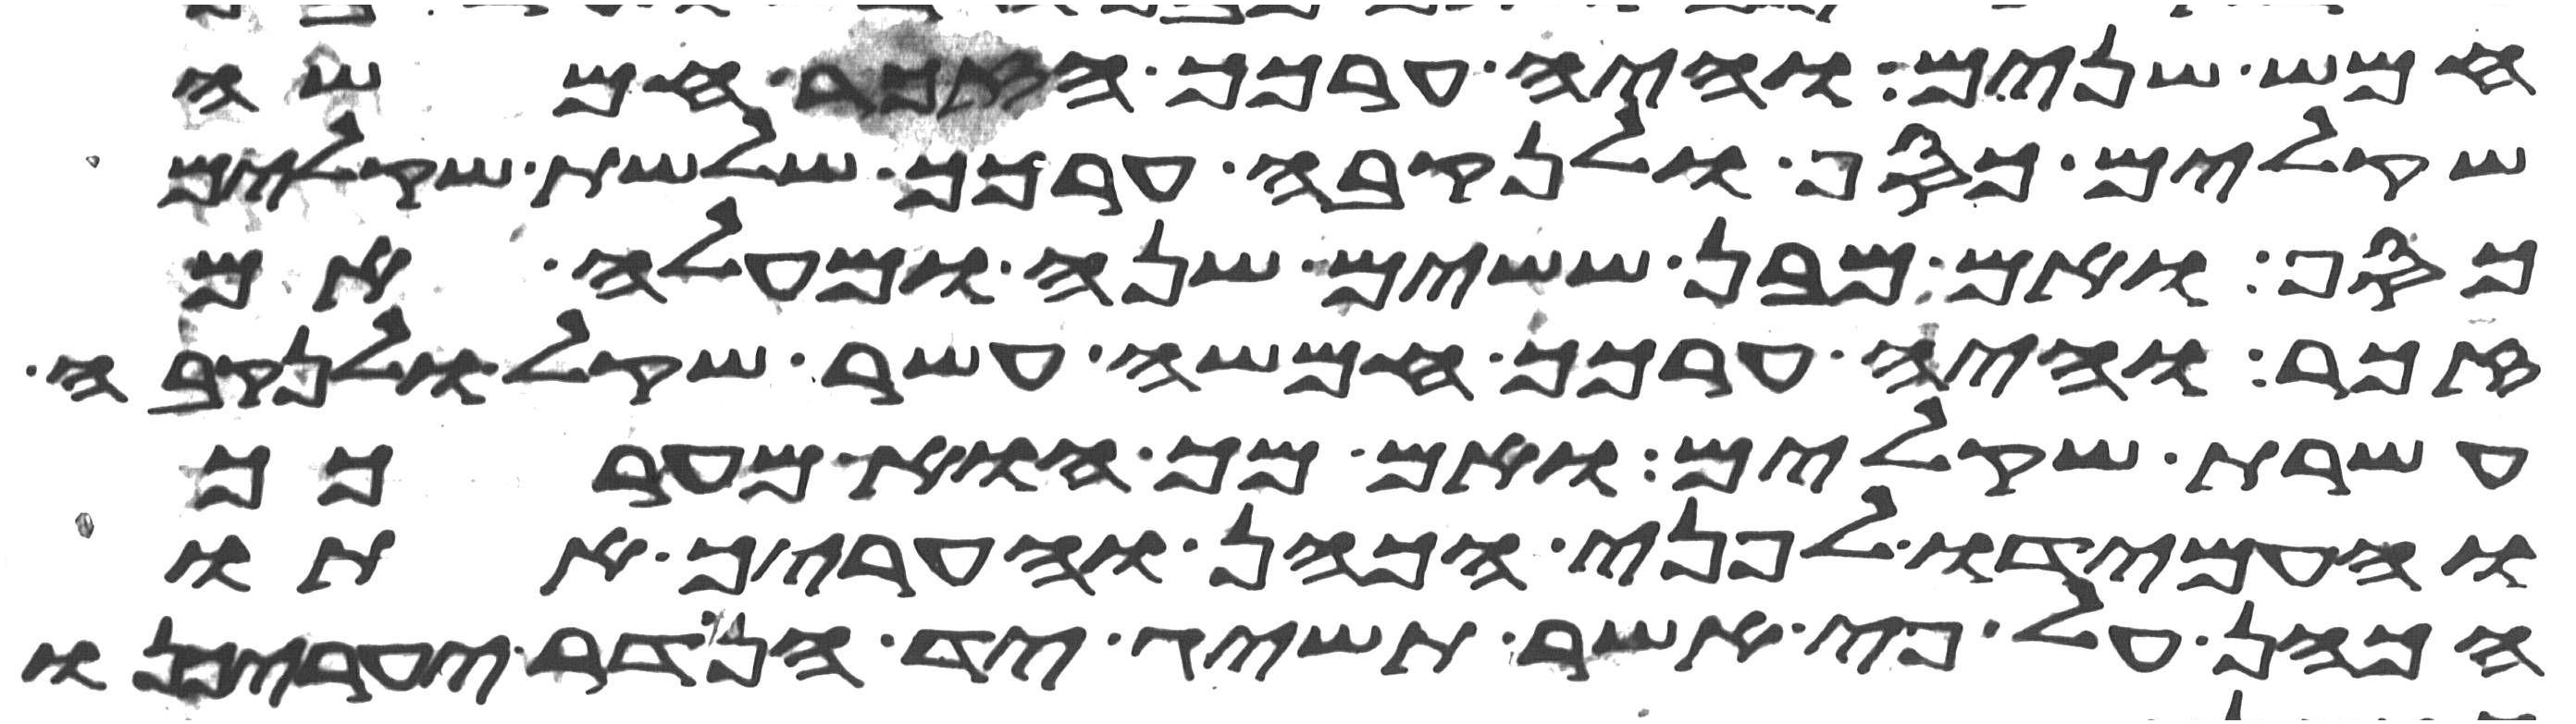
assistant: חמש שנים והיה ערכך הזכר חמשה
שקלים כסף ולנקבה ערכך שלשת שקלים
כסף ואם מבן ששים שנה ומעלה אם
זכר והיה ערכך חמשה עשר שקל ולנקבה
עשרת שקלים ואם מך הוא מערכך
והעמידו לפני הכהן והעריך אתו
הכהן על פי אשר תשיג יד הנדר יעריכנו